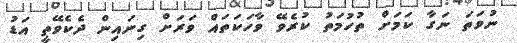
ނުވަތަ ނަގާ ކަމަށް ތުހުމަތު ކުރެވޭ ވާހަކަތައް ވަރަށް ގިނައިން ދެކެވޭތީ އަޑު